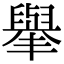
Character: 𦦙